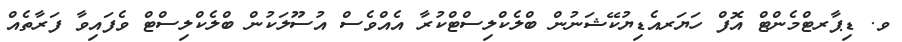
ވ. ޑިޕާރޓްމެންޓް އޮފް ހަޔަރއެޑިޔުކޭޝަނުން ބްލެކްލިސްޓްކުރާ އެއްވެސް އުސޫލަކުން ބްލެކްލިސްޓް ވެފައިވާ ފަރާތެއް